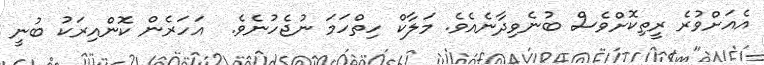
އެއަށްވުރެ ރީތިކޮށްވެސް ބުނެވިދާނެއެވެ. މަލާކް ހިތްހަމަ ނުޖެހުނެވެ.  އަހަރެން ކޮންއިރަކު ބުނީ